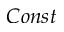
C o n s t